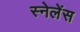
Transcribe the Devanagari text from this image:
स्नेलेंस